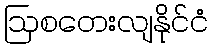
ဩစတေးလျနိုင်ငံ